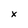
Character: x